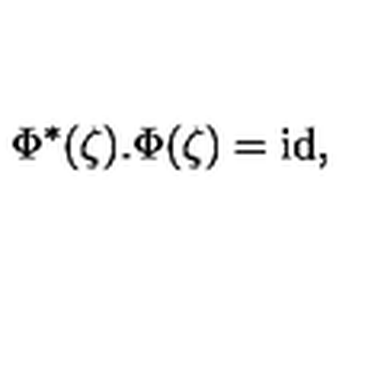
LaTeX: \Phi ^ { * } ( \zeta ) . \Phi ( \zeta ) = \mathrm { i d } ,